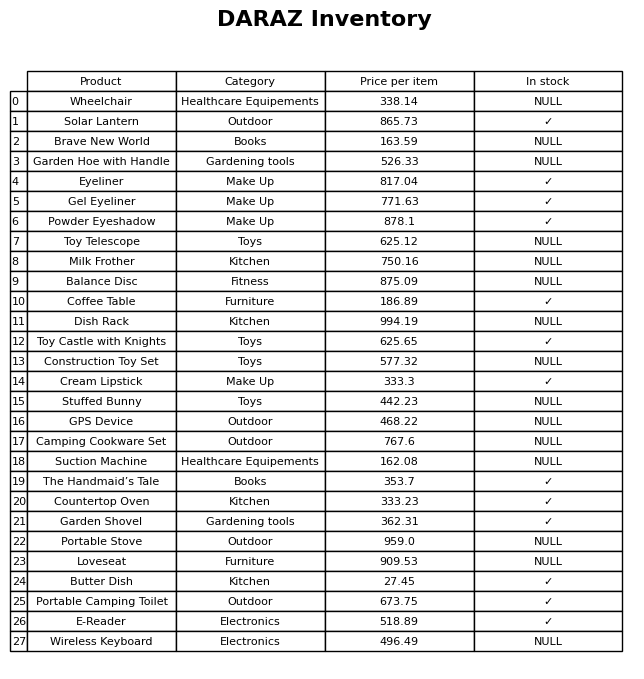
question: Which products are available in stock?
answer: Solar Lantern, Eyeliner, Gel Eyeliner, Powder Eyeshadow, Coffee Table, Toy Castle with Knights, Cream Lipstick, The Handmaid’s Tale, Countertop Oven, Garden Shovel, Butter Dish, Portable Camping Toilet, E-Reader